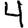
Digit: 4